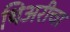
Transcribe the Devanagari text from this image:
थिअरीचा